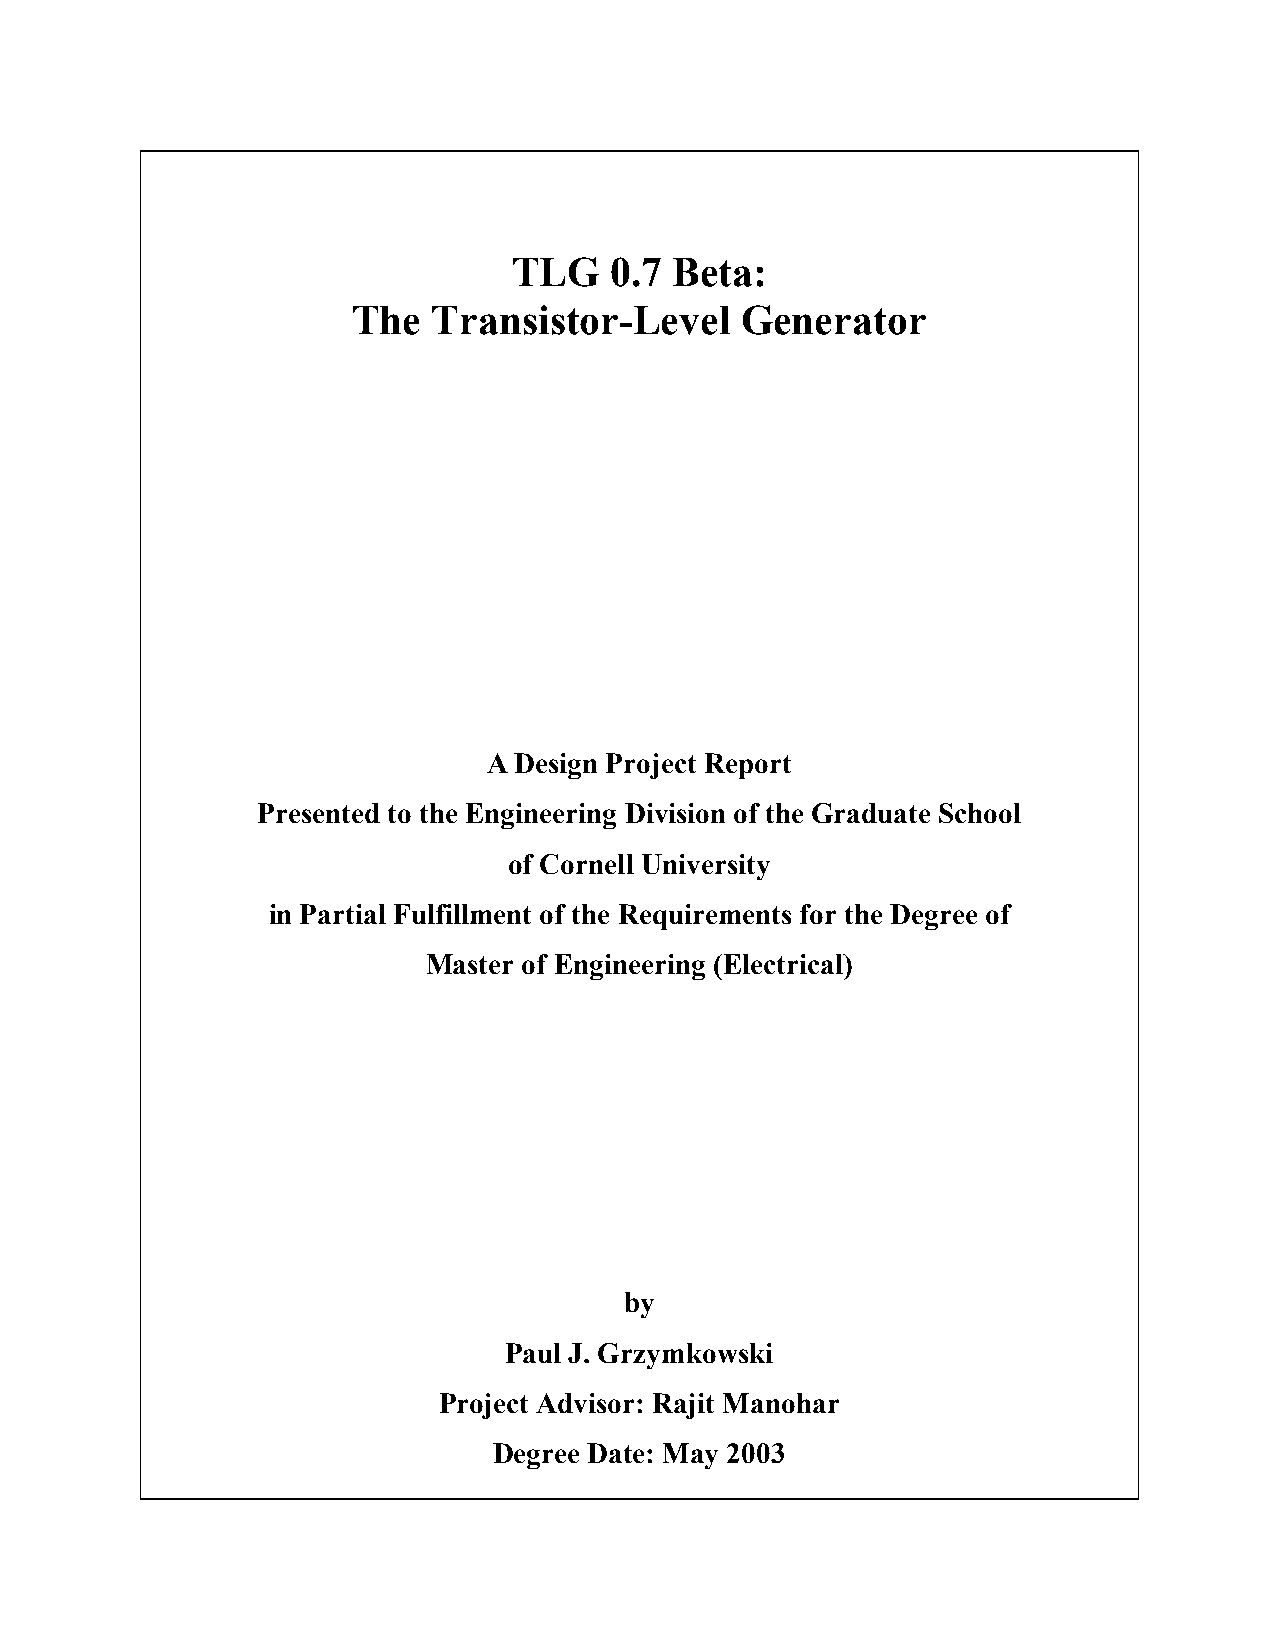
TLG   0.7  Beta:
 The   Transistor-Level    Generator
 A Design Project Report
 Presented to the Engineering Division of the Graduate School
 of Cornell University
 in Partial Fulfillment of the Requirements for the Degree of
 Master of Engineering (Electrical)
 by
 Paul J. Grzymkowski
 Project Advisor: Rajit Manohar
 Degree Date: May 2003